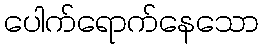
ပေါက်ရောက်နေသော